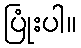
ပြုံးပါ။